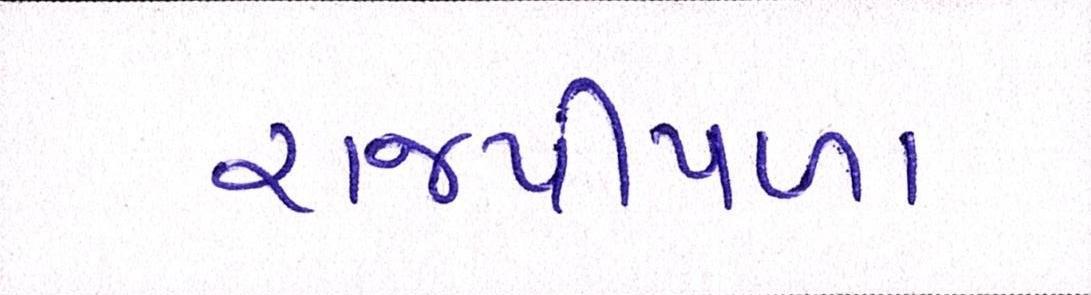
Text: રાજપીપળા